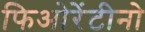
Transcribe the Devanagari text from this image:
फिओरेंटीनो